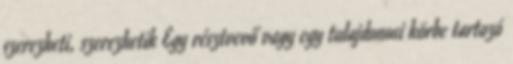
szerezheti, szerezhetik Egy résztvevő vagy egy tulajdonosi körbe tartozó